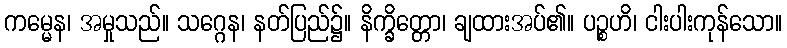
ကမ္မေန၊ အမှုသည်။ သဂ္ဂေန၊ နတ်ပြည်၌။ နိက္ခိတ္တော၊ ချထားအပ်၏။ ပဉ္စဟိ၊ ငါးပါးကုန်သော။